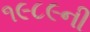
૧૯૮૯ની